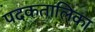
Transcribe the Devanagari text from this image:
पदकतालिका